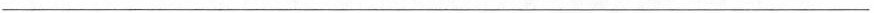
___